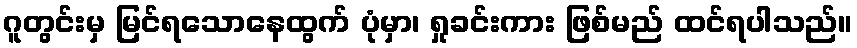
ဂူတွင်းမှ မြင်ရသောနေထွက် ပုံမှာ၊ ရှုခင်းကား ဖြစ်မည် ထင်ရပါသည်။